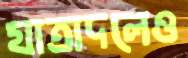
যাত্রাদলেও